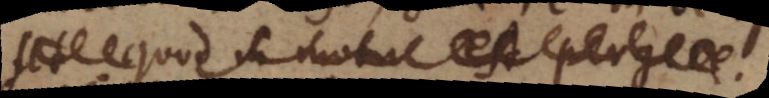
ut quod in motu est pergere.